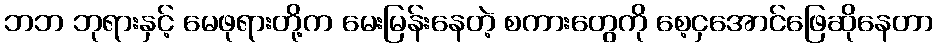
ဘဘ ဘုရားနှင့် မေဖုရားတို့က မေးမြန်းနေတဲ့ စကားတွေကို စေ့ငှအောင်ဖြေဆိုနေတာ